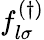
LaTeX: f_{l\sigma}^{(\dagger)}